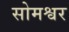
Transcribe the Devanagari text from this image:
सोमश्वर